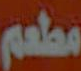
مطعم